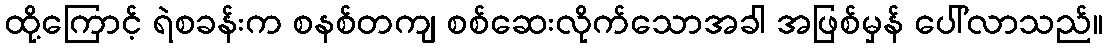
ထို့ကြောင့် ရဲစခန်းက စနစ်တကျ စစ်ဆေးလိုက်သောအခါ အဖြစ်မှန် ပေါ်လာသည်။